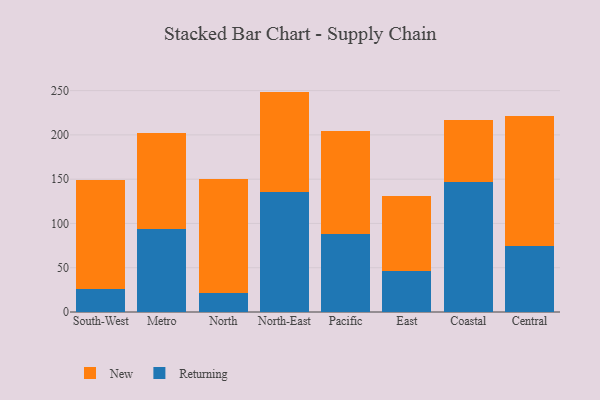
{"axis": {"x": "Region", "y": "Market Share (%)"}, "legend": ["New", "Returning"], "data": [{"x": "South-West", "y": 26.4, "type": "Returning"}, {"x": "South-West", "y": 123.1, "type": "New"}, {"x": "Metro", "y": 93.4, "type": "Returning"}, {"x": "Metro", "y": 108.7, "type": "New"}, {"x": "North", "y": 20.9, "type": "Returning"}, {"x": "North", "y": 129.0, "type": "New"}, {"x": "North-East", "y": 135.4, "type": "Returning"}, {"x": "North-East", "y": 113.5, "type": "New"}, {"x": "Pacific", "y": 88.2, "type": "Returning"}, {"x": "Pacific", "y": 115.9, "type": "New"}, {"x": "East", "y": 46.3, "type": "Returning"}, {"x": "East", "y": 84.8, "type": "New"}, {"x": "Coastal", "y": 146.3, "type": "Returning"}, {"x": "Coastal", "y": 70.2, "type": "New"}, {"x": "Central", "y": 74.4, "type": "Returning"}, {"x": "Central", "y": 147.5, "type": "New"}]}